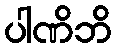
ပါဏိဘိ